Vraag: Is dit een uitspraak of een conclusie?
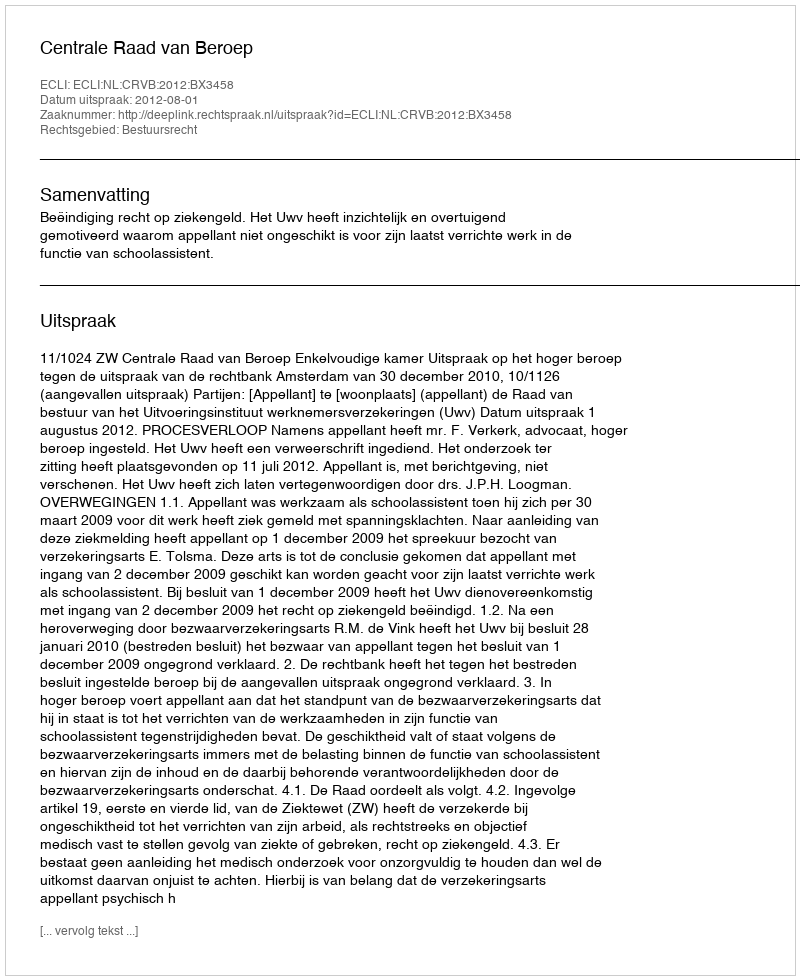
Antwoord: Uitspraak